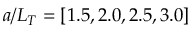
a / L _ { T } = [ 1 . 5 , 2 . 0 , 2 . 5 , 3 . 0 ]